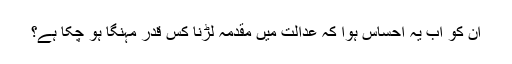
ان کو اب یہ احساس ہوا کہ عدالت میں مقدمہ لڑنا کس قدر مہنگا ہو چکا ہے؟